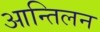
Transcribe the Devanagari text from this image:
आन्तिलन